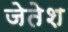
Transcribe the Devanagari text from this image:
जेतेश